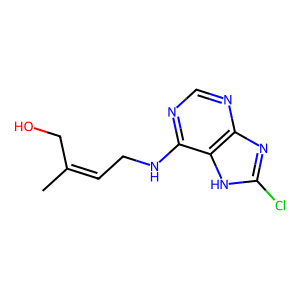
SMILES: CC(=CCNc1ncnc2nc(Cl)[nH]c12)CO
Inhibits HIV replication: No